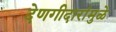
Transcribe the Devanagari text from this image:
देणगीदारांमुळे